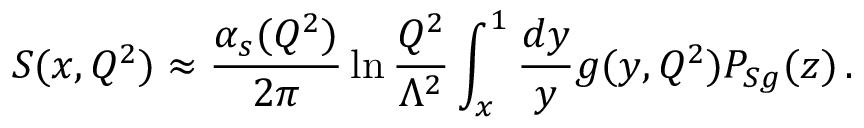
S ( x , Q ^ { 2 } ) \approx { \frac { \alpha _ { s } ( Q ^ { 2 } ) } { 2 \pi } } \ln { \frac { Q ^ { 2 } } { \Lambda ^ { 2 } } } \int _ { x } ^ { 1 } { \frac { d y } { y } } g ( y , Q ^ { 2 } ) P _ { S g } ( z ) \, .